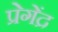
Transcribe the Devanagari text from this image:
प्रेगेंद्र